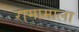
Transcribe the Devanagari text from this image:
रामामाला